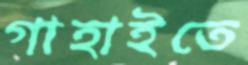
গাহাইতে